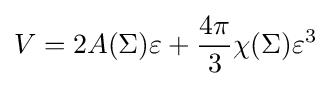
V=2A(\Sigma )\varepsilon +{\frac {4\pi }{3}}\chi (\Sigma )\varepsilon ^{3}